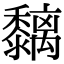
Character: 黐